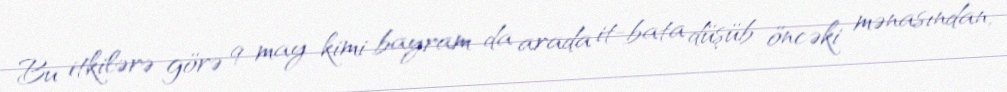
Bu itkilərə görə 9 may kimi bayram da arada it-bata düşüb öncəki mənasından,